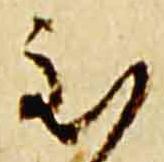
至